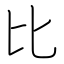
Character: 比